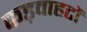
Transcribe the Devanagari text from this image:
कड़वाहटों